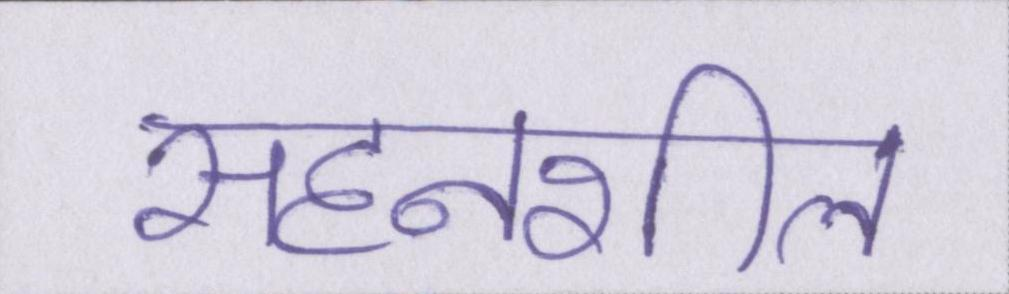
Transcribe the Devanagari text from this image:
सहनशील